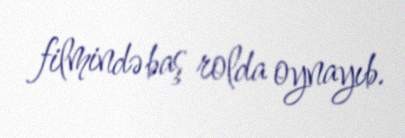
filmində baş rolda oynayıb.